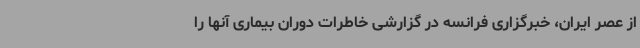
از عصر ایران، خبرگزاری فرانسه در گزارشی خاطرات دوران بیماری آنها را